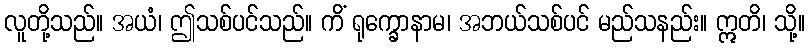
လူတို့သည်။ အယံ၊ ဤသစ်ပင်သည်။ ကိံ ရုက္ခောနာမ၊ အဘယ်သစ်ပင် မည်သနည်း။ ဣတိ၊ သို့။